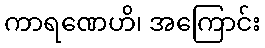
ကာရဏေဟိ၊ အကြောင်း